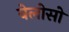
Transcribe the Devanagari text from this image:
वेलोसो